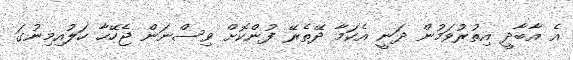
އެ އާބާދީ އިިތުރުވަމުން ދަނީ އެކަމާ ދޭތެރޭ ފުންކޮށް ވިސްނަން ޖެހޭހާ ހަލުއިމިނުގަ